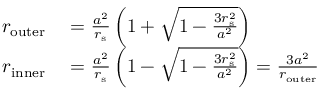
\begin{array} { r l } { r _ { \mathrm { o u t e r } } } & { { } = { \frac { a ^ { 2 } } { r _ { \mathrm { { s } } } } } \left( 1 + { \sqrt { 1 - { \frac { 3 r _ { \mathrm { { s } } } ^ { 2 } } { a ^ { 2 } } } } } \right) } \\ { r _ { \mathrm { i n n e r } } } & { { } = { \frac { a ^ { 2 } } { r _ { \mathrm { { s } } } } } \left( 1 - { \sqrt { 1 - { \frac { 3 r _ { \mathrm { { s } } } ^ { 2 } } { a ^ { 2 } } } } } \right) = { \frac { 3 a ^ { 2 } } { r _ { \mathrm { o u t e r } } } } } \end{array}